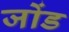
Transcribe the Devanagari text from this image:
जोंड